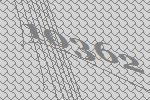
10362